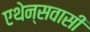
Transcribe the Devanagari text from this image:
एथेन्सवासी